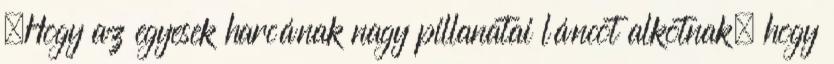
„Hogy az egyesek harcának nagy pillanatai láncot alkotnak, hogy